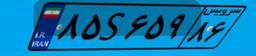
۸۵S۶۵۹۸۶